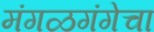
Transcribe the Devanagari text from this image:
मंगळगंगेचा